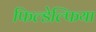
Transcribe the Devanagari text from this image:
फिल्डेल्फिया